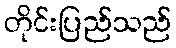
တိုင်းပြည်သည်